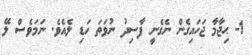
1- ޙިޖާމާ ޖަހައިގެން ނެގެނީ ފާސިދު ނުވަތަ ހަޑި ލެއެވެ. ނަމަވެސް ލޭ